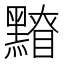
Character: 𪒂